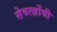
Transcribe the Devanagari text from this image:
सेवर्त्ज़ोवी